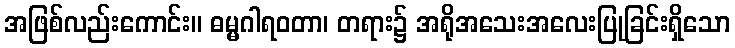
အဖြစ်လည်းကောင်း။ ဓမ္မဂါရဝတာ၊ တရား၌ အရိုအသေးအလေးပြုခြင်းရှိသော